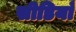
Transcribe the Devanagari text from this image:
सीडियाँ